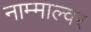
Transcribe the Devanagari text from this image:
नाम्माल्वर